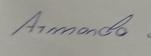
Signature authenticity: genuine